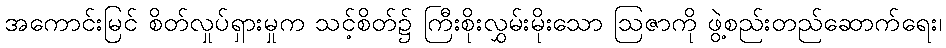
အကောင်းမြင် စိတ်လှုပ်ရှားမှုက သင့်စိတ်၌ ကြီးစိုးလွှမ်းမိုးသော ဩဇာကို ဖွဲ့စည်းတည်ဆောက်ရေး၊